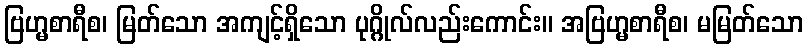
ဗြဟ္မစာရီစ၊ မြတ်သော အကျင့်ရှိသော ပုဂ္ဂိုလ်လည်းကောင်း။ အဗြဟ္မစာရီစ၊ မမြတ်သော